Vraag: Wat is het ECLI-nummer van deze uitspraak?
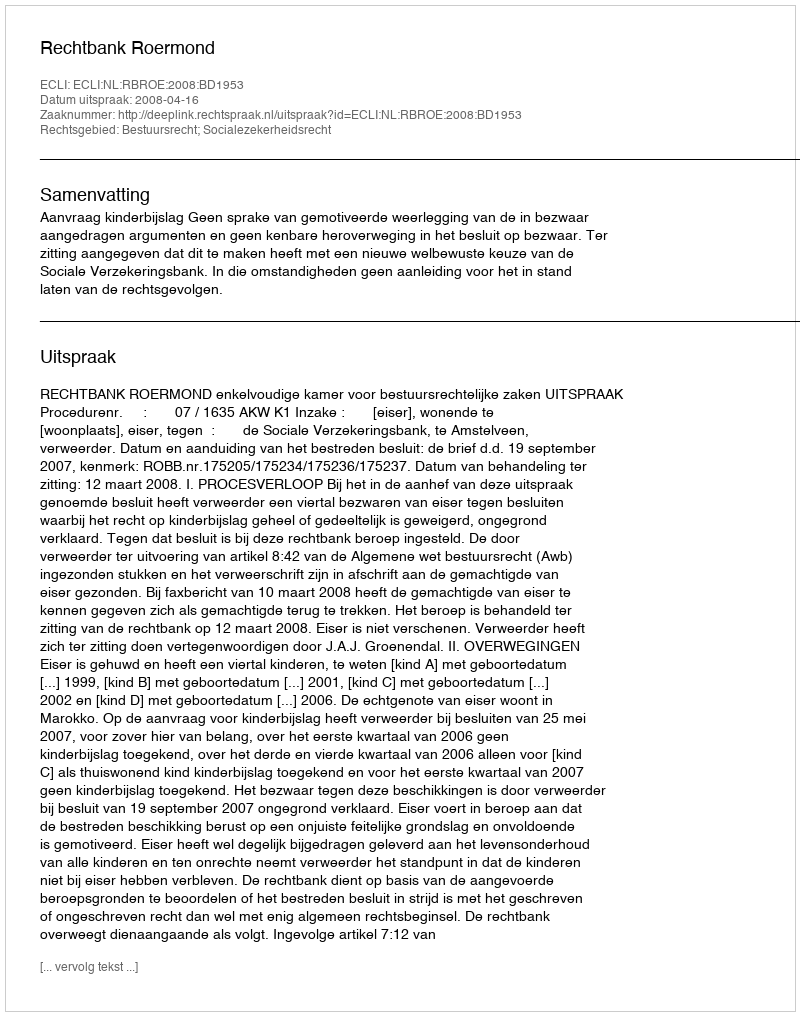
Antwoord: ECLI:NL:RBROE:2008:BD1953